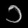
Digit: ၁